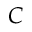
C